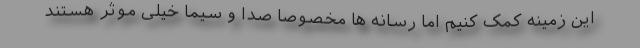
این زمینه کمک کنیم اما رسانه ها مخصوصا صدا و سیما خیلی موثر هستند